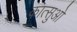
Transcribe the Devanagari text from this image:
कात्सुओ